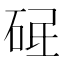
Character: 𱳿